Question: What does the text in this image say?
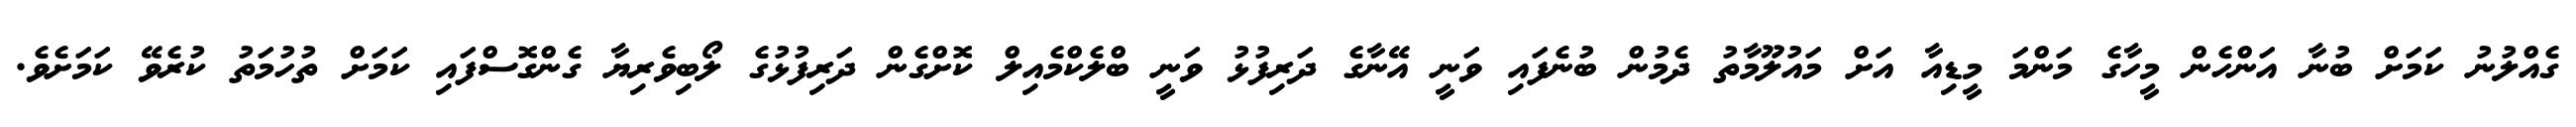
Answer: ގެއްލުނު ކަމަށް ބުނާ އަންހެން މީހާގެ މަންމަ މީޑިއާ އަށް މައުލޫމާތު ދެމުން ބުނެފައި ވަނީ އޭނާގެ ދަރިފުޅު ވަނީ ބްލެކްމެއިލް ކޮށްގެން ދަރިފުޅުގެ ލޯބިވެރިޔާ ގެންގޮސްފައި ކަމަށް ތުހުމަތު ކުރެވޭ ކަމަށެވެ.